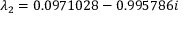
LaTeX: \lambda _ { 2 } = 0 . 0 9 7 1 0 2 8 - 0 . 9 9 5 7 8 6 i